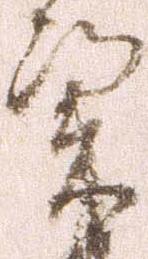
憑